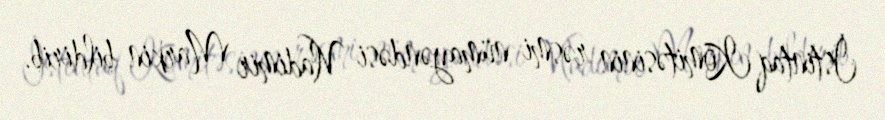
İstintaq Komitəsinin rəsmi nümayəndəsi Vladimir Markin bildirib.